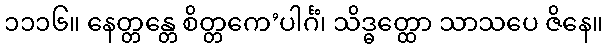
၁၁၁၆။ နေတ္တန္တေ စိတ္တကေ’ပါင်္ဂံ၊ သိဒ္ဓတ္ထော သာသပေ ဇိနေ။